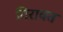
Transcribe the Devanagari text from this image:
गिरावत